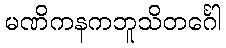
မဏိကနကဘူသိတင်္ဂေါ